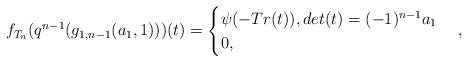
\begin{align*} f_{T_n}(q^{n-1}(g_{1,n-1}(a_1,1)))(t)=\begin{cases} \psi(-Tr(t)), det(t)=(-1)^{n-1}a_1\\ 0, \end{cases},\end{align*}